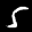
Label: 5